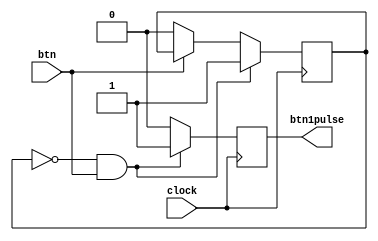

// Input: a signal, such as from a button. 
// Output: a signal that is HIGH for one clock cycle when the input goes HIGH, then goes LOW. 
// The output cannot go HIGH again until the input has returned to LOW. 

module ButtonSinglePulse(
    input clock,
    input btn,
    output reg btn1pulse
    );
    
    reg pulsedon = 0;
    
    always @(posedge clock) begin
        if (!pulsedon && btn) begin
            btn1pulse <= 1;
            pulsedon <= 1;
        end else begin
            btn1pulse <= 0;
            
            if (!btn)
                pulsedon <= 0;
        end
    end
endmodule